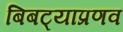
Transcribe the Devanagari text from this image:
बिबट्याप्रणव